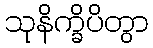
သုနိက္ခိပိတွာ